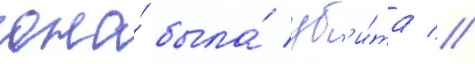
она́ была́ уб'и́та //